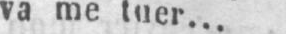
va me tuer...